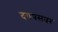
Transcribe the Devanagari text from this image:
दरायसवर